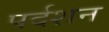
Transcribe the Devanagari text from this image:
पर्दशन